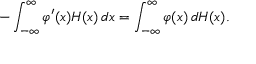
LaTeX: - \int _ { - \infty } ^ { \infty } \varphi ^ { \prime } ( x ) H ( x ) \, d x = \int _ { - \infty } ^ { \infty } \varphi ( x ) \, d H ( x ) .